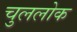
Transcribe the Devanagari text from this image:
चुललोक